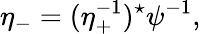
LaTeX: \eta_{-}=(\eta_{+}^{-1})^{\star}\psi^{-1},